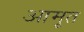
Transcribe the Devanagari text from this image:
आमृत